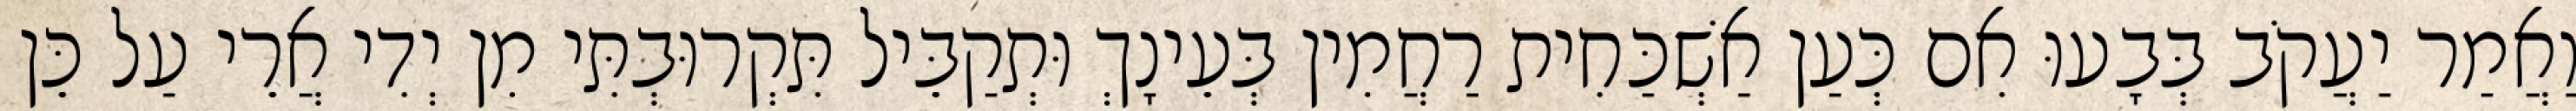
וַאֲמַר יַעֲקֹב בְּבָעוּ אִם כְּעַן אַשְׁכַּחִית רַחֲמִין בְּעֵינָךְ וּתְקַבֵּיל תִּקְרוּבְתִּי מִן יְדִי אֲרֵי עַל כֵּן